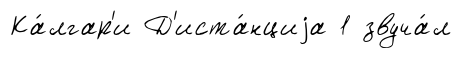
Ка́лгар'и Д'иста́нциjа 1 звуча́л